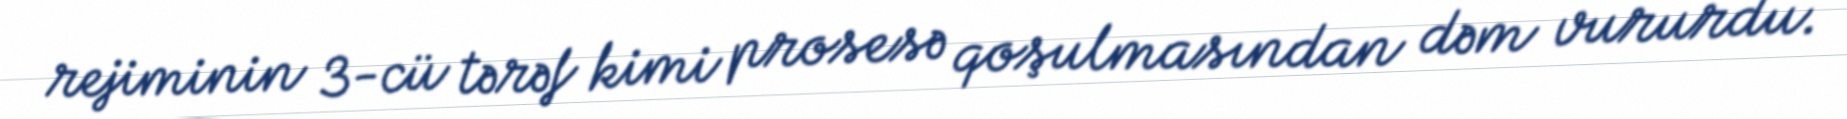
rejiminin 3-cü tərəf kimi prosesə qoşulmasından dəm vururdu.